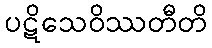
ပဋိသေဝိဿတီတိ